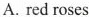
A. red roses